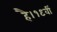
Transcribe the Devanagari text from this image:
है।१९वीं